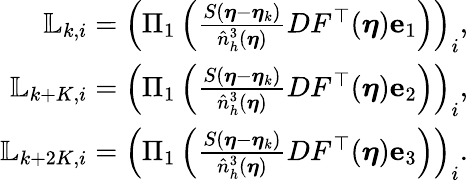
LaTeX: \begin{array}{r}{\mathbb{L}_{k,i}=\left(\Pi_{1}\left(\frac{S(\boldsymbol\eta-\boldsymbol\eta_{k})}{\hat{n}_{h}^{3}(\boldsymbol\eta)}{DF^{\top}(\boldsymbol\eta)}{\mathbf e}_{1}\right)\right)_{i},}\\ {\mathbb{L}_{k+K,i}=\left(\Pi_{1}\left(\frac{S(\boldsymbol\eta-\boldsymbol\eta_{k})}{\hat{n}_{h}^{3}(\boldsymbol\eta)}{DF^{\top}(\boldsymbol\eta)}{\mathbf e}_{2}\right)\right)_{i},}\\ {\mathbb{L}_{k+2K,i}=\left(\Pi_{1}\left(\frac{S(\boldsymbol\eta-\boldsymbol\eta_{k})}{\hat{n}_{h}^{3}(\boldsymbol\eta)}{DF^{\top}(\boldsymbol\eta)}{\mathbf e}_{3}\right)\right)_{i}.}\end{array}